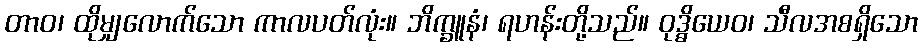
တာဝ၊ ထိုမျှလောက်သော ကာလပတ်လုံး။ ဘိက္ခူနံ၊ ရဟန်းတို့သည်။ ဝုဒ္ဓိယေဝ၊ သီလအစရှိသော